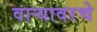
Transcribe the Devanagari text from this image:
वाऱ्यावरचे